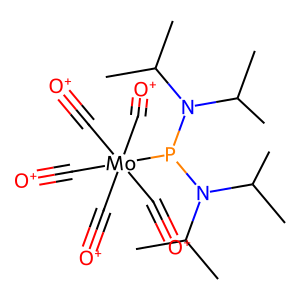
SMILES: CC(C)N(C(C)C)P(N(C(C)C)C(C)C)[Mo](C#[O+])(C#[O+])(C#[O+])(C#[O+])C#[O+]
Inhibits HIV replication: No